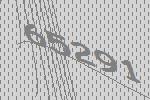
65291